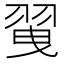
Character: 𦐪